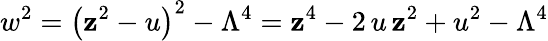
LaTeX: w^{2}=\left(\mathbf{z}^{2}-u\right)^{2}-\Lambda^{4}=\mathbf{z}^{4}-2\, u\, \mathbf{z}^{2}+u^{2}-\Lambda^{4}